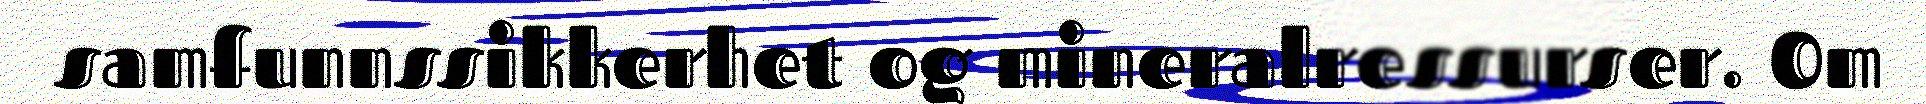
samfunnssikkerhet og mineralressurser. Om